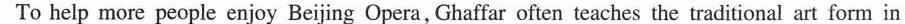
To help more people enjoy Beijing Opera, Ghaffar often teaches the traditional art form in